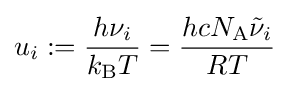
u_{i}:={\frac {h\nu _{i}}{k_{\mathrm {B} }T}}={\frac {hcN_{\mathrm {A} }{\tilde {\nu }}_{i}}{RT}}